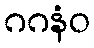
ဂဂနံဝ